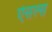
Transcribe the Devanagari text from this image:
ऐसल्स